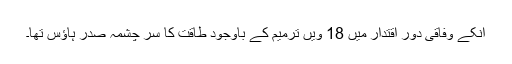
انکے وفاقی دور اقتدار میں 18 ویں ترمیم کے باوجود طاقت کا سر چشمہ صدر ہاؤس تھا۔